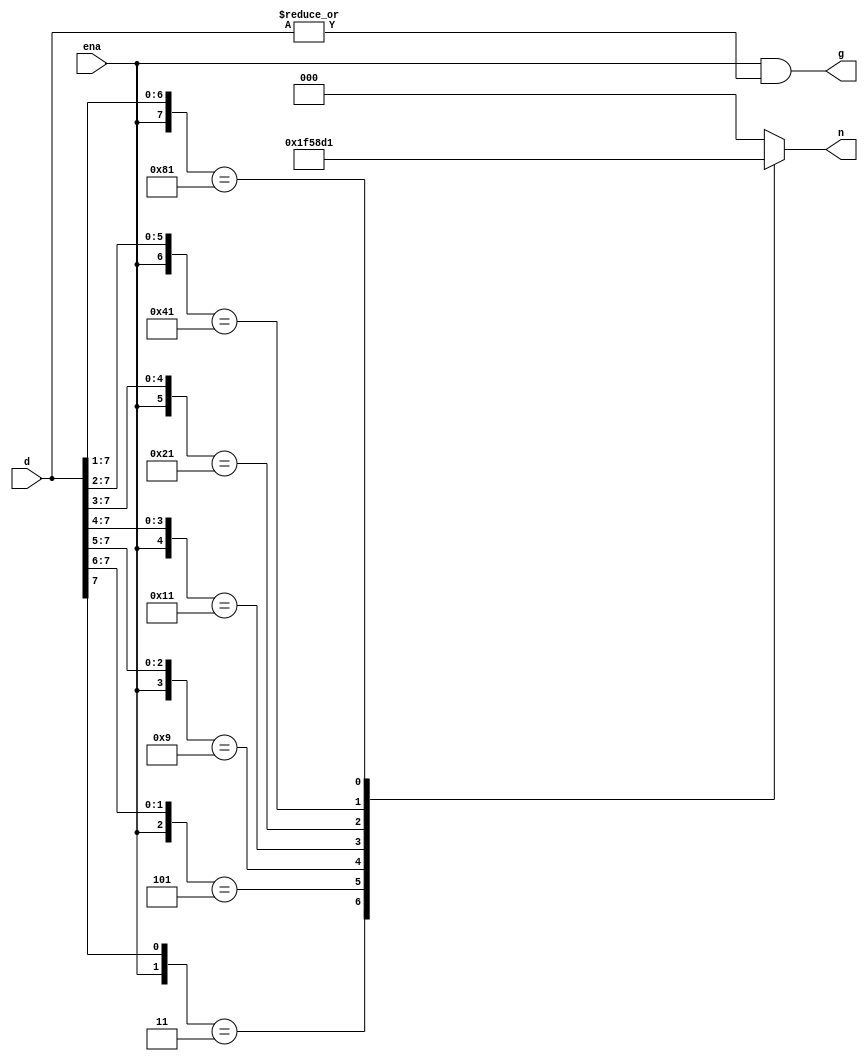
/************************************************
  The Verilog HDL code example is from the book
  Computer Principles and Design in Verilog HDL
  by Yamin Li, published by A JOHN WILEY & SONS
************************************************/
module encoder8ep (d,ena,n,g);           // 8-3 priority encoder with enable
    input  [7:0] d;                      // input:   d, 8 bits
    input        ena;                    // input:   enable
    output [2:0] n;                      // outputs: n, log_2 8 = 3 bits
    output       g;                      // output:  g = 1 if d is not 0
    assign       g = ena & |d;           // if there is at least a 1 in d
    assign       n = enc(ena, d);        // call a function enc
    function [2:0] enc;                  // the function enc
        input       e;                   // input of the function
        input [7:0] d;                   // input of the function
        casex ({e,d})                    // cases, x: don't care
            9'b1_1xxxxxxx: enc = 3'd7;   // d[7] has the highest priority
            9'b1_01xxxxxx: enc = 3'd6;   // d[6] is active, ignore d[5:0]
            9'b1_001xxxxx: enc = 3'd5;   // d[5] is active, ignore d[4:0]
            9'b1_0001xxxx: enc = 3'd4;   // d[4] is active, ignore d[3:0]
            9'b1_00001xxx: enc = 3'd3;   // d[3] is active, ignore d[2:0]
            9'b1_000001xx: enc = 3'd2;   // d[2] is active, ignore d[1:0]
            9'b1_0000001x: enc = 3'd1;   // d[1] is active, ignore d[0]
            default:       enc = 3'd0;   // d[0] has the lowest priority
        endcase
    endfunction
endmodule